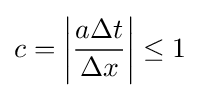
c=\left|{\frac {a\Delta t}{\Delta x}}\right|\leq 1